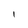
Character: l